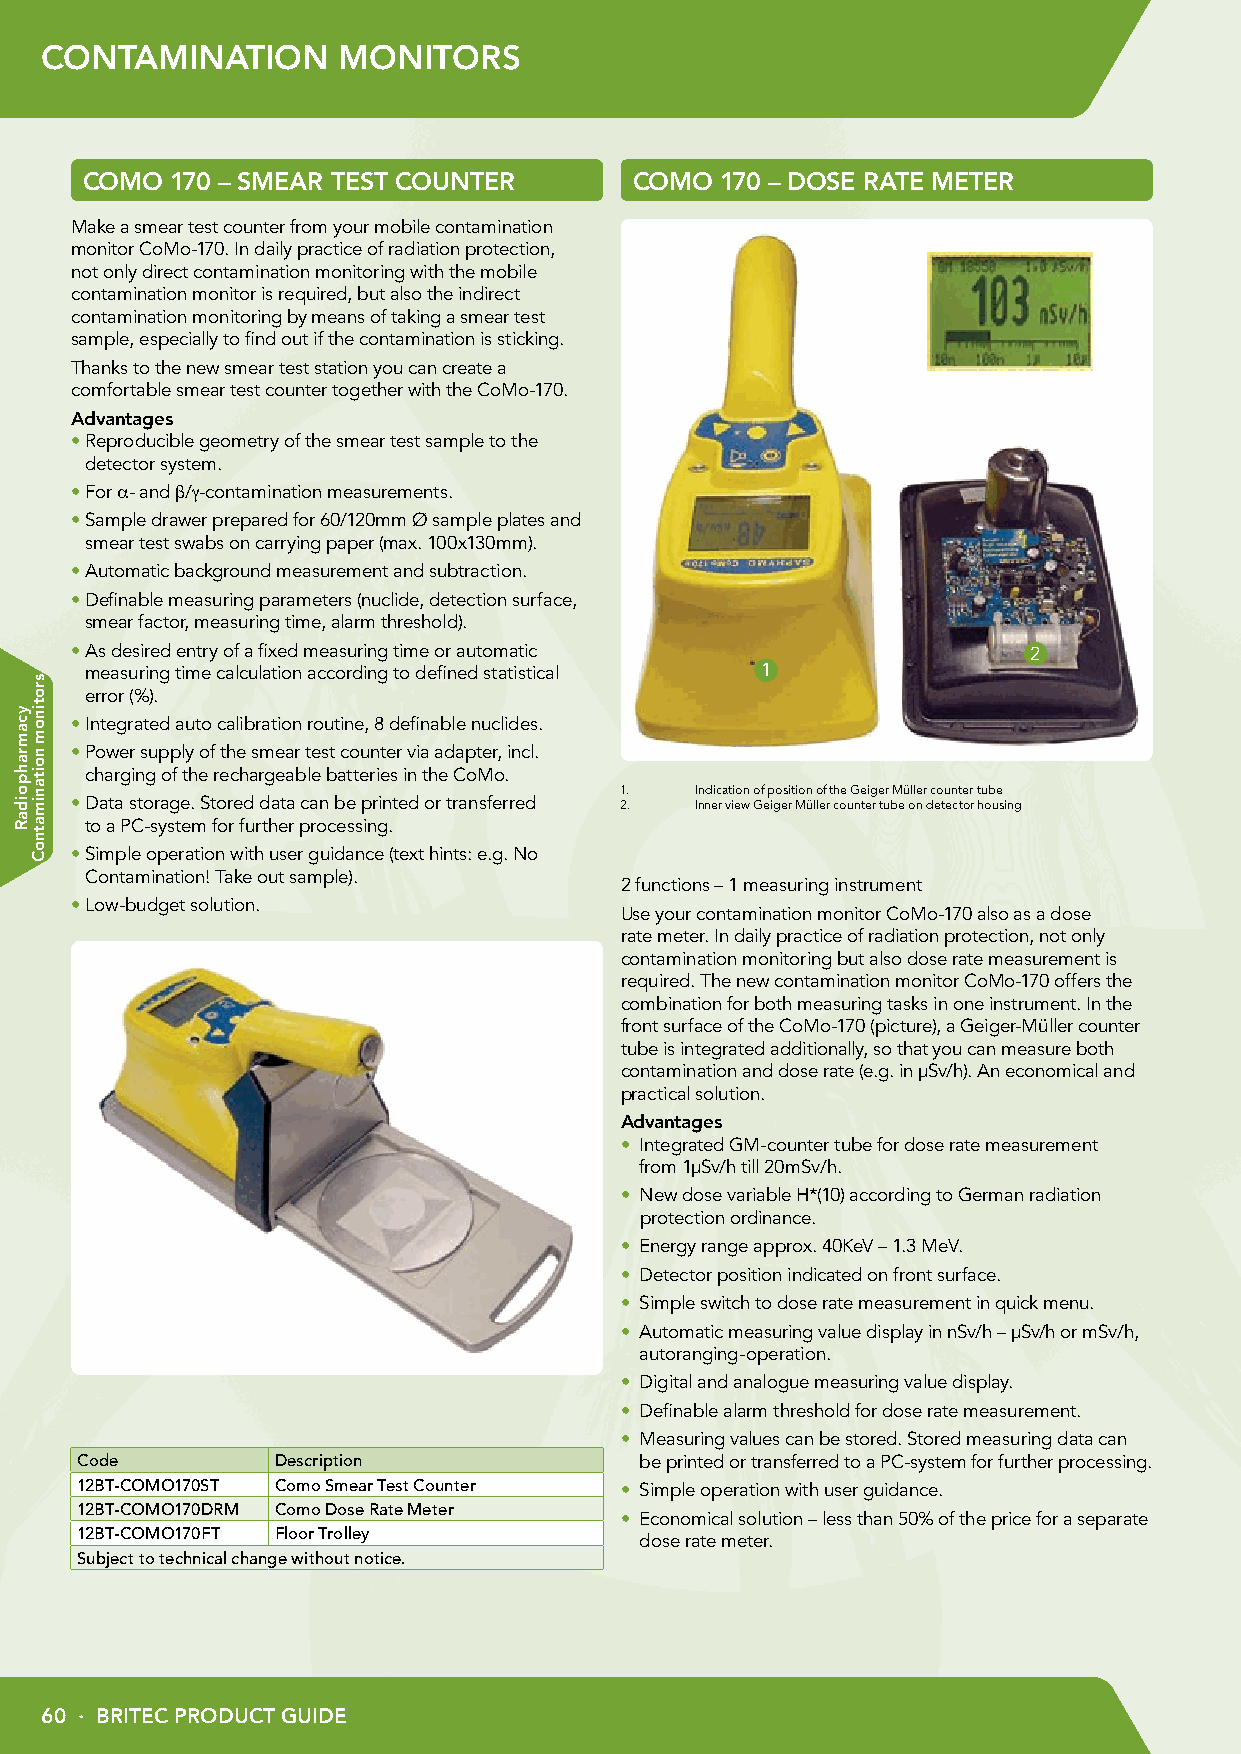
CONTAMINATION      MONITORS
 COMO  170 – SMEAR TEST COUNTER       COMO  170 – DOSE RATE METER
 Make a smear test counter from your mobile contamination
 monitor CoMo-170. In daily practice of radiation protection,
 not only direct contamination monitoring with the mobile
 contamination monitor is required, but also the indirect
 contamination monitoring by means of taking a smear test
 sample, especially to find out if the contamination is sticking.
 Thanks to the new smear test station you can create a
 comfortable smear test counter together with the CoMo-170.
 Advantages
 • Reproducible geometry of the smear test sample to the
 detector system.
 •F or α- and β/γ-contamination measurements.
 • Sample drawer prepared for 60/120mm Ø sample plates and
 smear test swabs on carrying paper (max. 100x130mm).
 • Automatic background measurement and subtraction.
 • Definable measuring parameters (nuclide, detection surface,
 smear factor, measuring time, alarm threshold).
 • As desired entry of a fixed measuring time or automatic      2
 measuring time calculation according to defined statistical 1
 error (%).
 • Integrated auto calibration routine, 8 definable nuclides.
 • Power supply of the smear test counter via adapter, incl.
 charging of the rechargeable batteries in the CoMo.
 1.   Indication of position of the Geiger Müller counter tube
 • Data storage. Stored data can be printed or transferred 2. Inner view Geiger Müller counter tube on detector housing
 to a PC-system for further processing.
 • Simple operation with user guidance (text hints: e.g. No
 Contamination! Take out sample).
 2 functions – 1 measuring instrument
 •L ow-budget solution.
 Use your contamination monitor CoMo-170 also as a dose
 rate meter. In daily practice of radiation protection, not only
 contamination monitoring but also dose rate measurement is
 required. The new contamination monitor CoMo-170 offers the
 combination for both measuring tasks in one instrument. In the
 front surface of the CoMo-170 (picture), a Geiger-Müller counter
 tube is integrated additionally, so that you can measure both
 contamination and dose rate (e.g. in μSv/h). An economical and
 practical solution.
 Advantages
 • Integrated GM-counter tube for dose rate measurement
 from 1μSv/h till 20mSv/h.
 • New dose variable H*(10) according to German radiation
 protection ordinance.
 • Energy range approx. 40KeV – 1.3 MeV.
 • Detector position indicated on front surface.
 • Simple switch to dose rate measurement in quick menu.
 • Automatic measuring value display in nSv/h – μSv/h or mSv/h,
 autoranging-operation.
 • Digital and analogue measuring value display.
 • Definable alarm threshold for dose rate measurement.
 • Measuring values can be stored. Stored measuring data can
 Code         Description             be printed or transferred to a PC-system for further processing.
 12BT-COMO170ST Como Smear Test Counter • Simple operation with user guidance.
 12BT-COMO170DRM Como Dose Rate Meter
 • Economical solution – less than 50% of the price for a separate
 12BT-COMO170FT Floor Trolley
 dose rate meter.
 Subject to technical change without notice.
 60 · BRITEC PRODUCT GUIDE
 ycamrahpoidaR
 srotinom
 noitanimatnoC